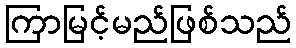
ကြာမြင့်မည်ဖြစ်သည်